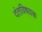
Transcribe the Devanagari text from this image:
दंतविषयक